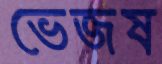
ভেজষ